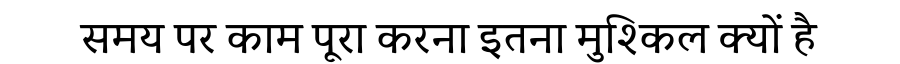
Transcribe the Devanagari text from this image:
समय पर काम पूरा करना इतना मुश्किल क्यों है